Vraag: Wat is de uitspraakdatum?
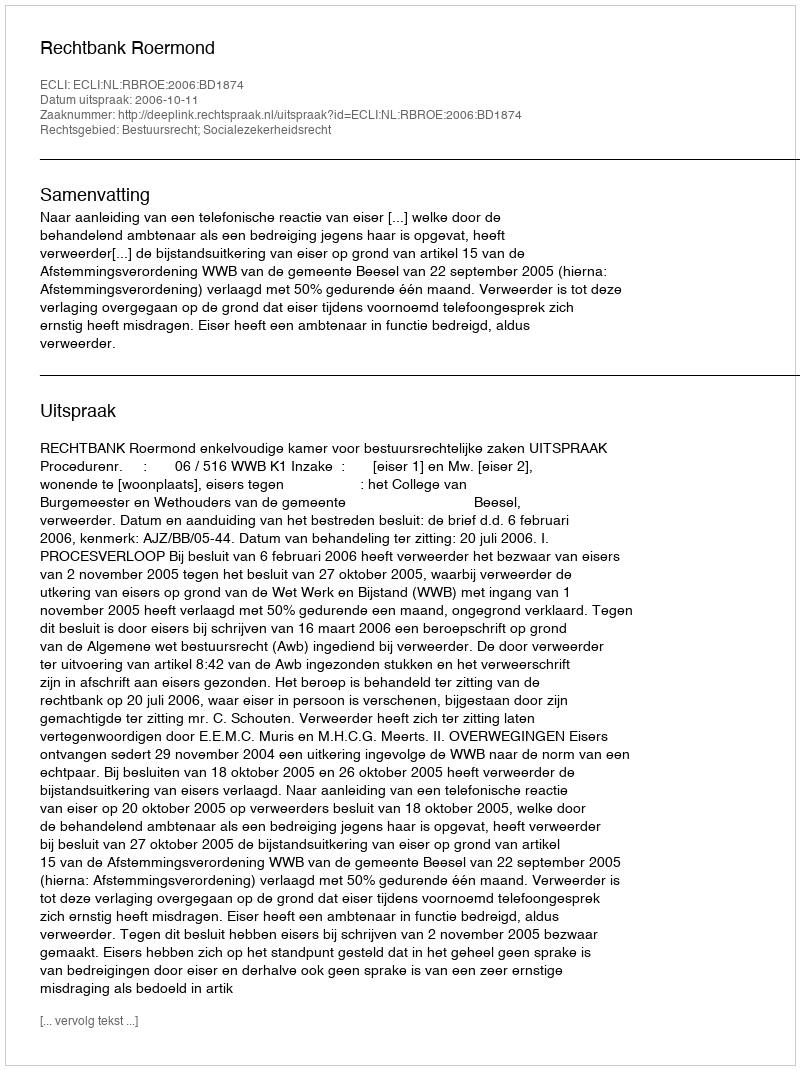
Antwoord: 2006-10-11